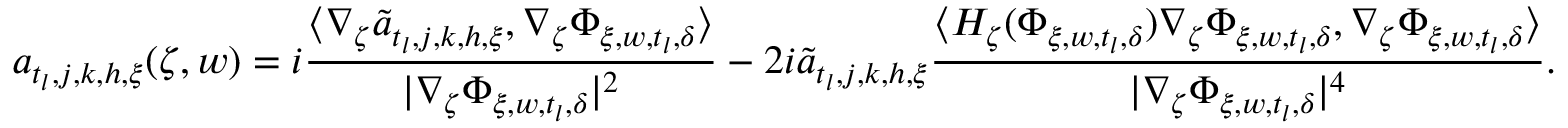
a _ { t _ { l } , j , k , h , \xi } ( \zeta , w ) = i \frac { \langle \nabla _ { \zeta } \tilde { a } _ { t _ { l } , j , k , h , \xi } , \nabla _ { \zeta } \Phi _ { \xi , w , t _ { l } , \delta } \rangle } { | \nabla _ { \zeta } \Phi _ { \xi , w , t _ { l } , \delta } | ^ { 2 } } - 2 i \tilde { a } _ { t _ { l } , j , k , h , \xi } \frac { \langle H _ { \zeta } ( \Phi _ { \xi , w , t _ { l } , \delta } ) \nabla _ { \zeta } \Phi _ { \xi , w , t _ { l } , \delta } , \nabla _ { \zeta } \Phi _ { \xi , w , t _ { l } , \delta } \rangle } { | \nabla _ { \zeta } \Phi _ { \xi , w , t _ { l } , \delta } | ^ { 4 } } .